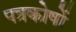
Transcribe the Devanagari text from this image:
पत्रकोषों